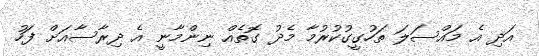
އަދި އެ މައްސަލަ ތަހުގީގުކުރުމާ މެދު ގޮތެއް ނިންމާނީ އެ ދިރާސާއަށް ފަހު